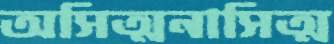
অসিত্মনাসিত্ম